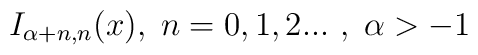
I_{\alpha +n,n}(x),\;n=0,1,2...\,\,,\;\alpha >-1